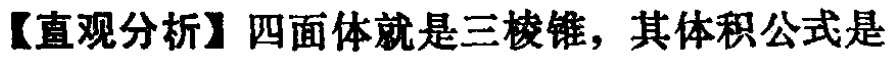
【直观分析】四面体就是三棱锥，其体积公式是